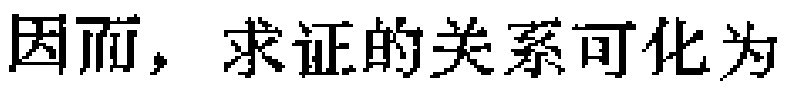
因而，求证的关系可化为